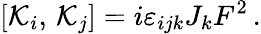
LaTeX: \left[{\cal K}_{i},\, {\cal K}_{j}\right]=i\varepsilon_{ijk}J_{k}F^{2}\, .